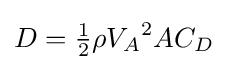
D={\tfrac {1}{2}}\rho {V_{A}}^{2}AC_{D}